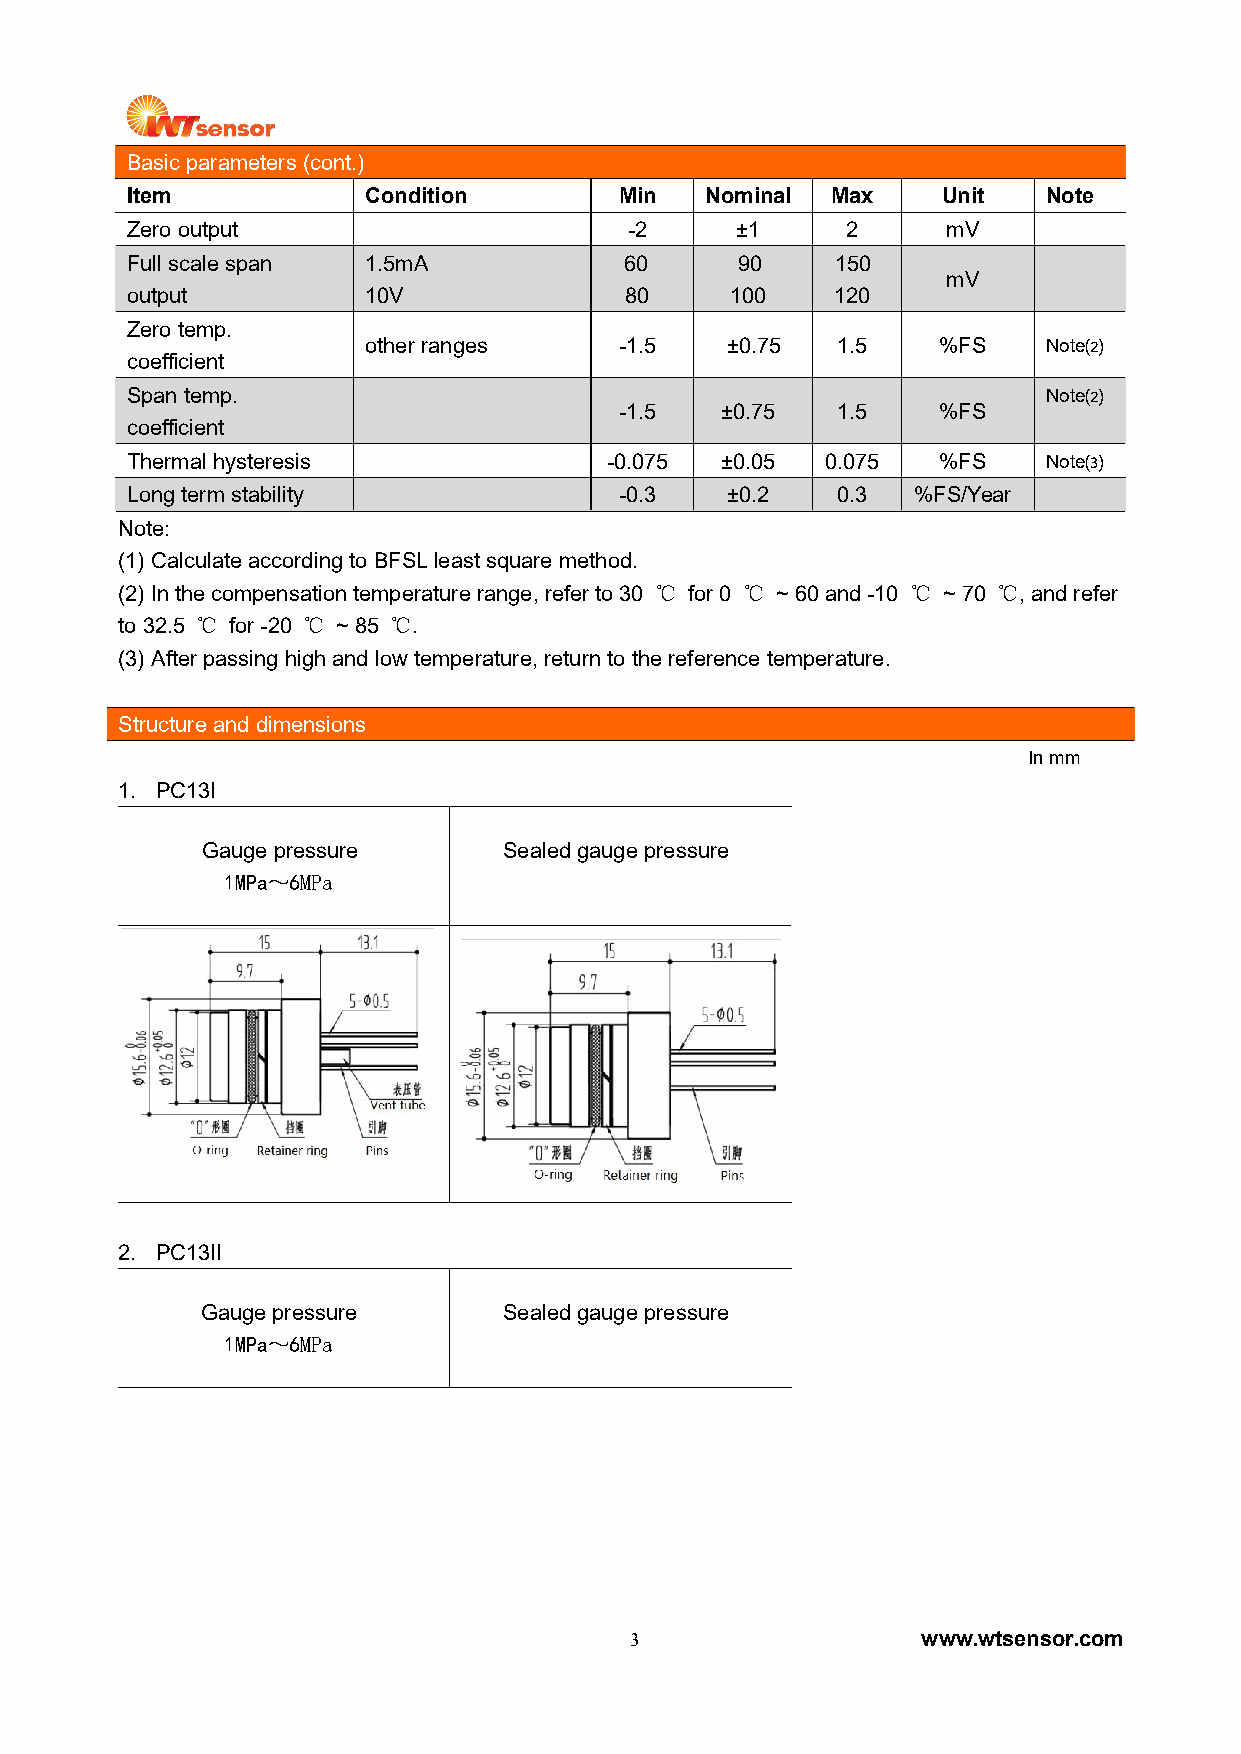
Basicparameters (cont.)
 Item            Condition        Min   Nominal Max    Unit   Note
 Zerooutput                        -2     ±1     2      mV
 Fullscale span  1.5mA            60      90    150
 mV
 output          10V              80     100    120
 Zerotemp.
 otherranges      -1.5   ±0.75  1.5    %FS    Note⑵
 coefficient
 Spantemp.                                                    Note⑵
 -1.5   ±0.75  1.5    %FS
 coefficient
 Thermalhysteresis               -0.075  ±0.05  0.075  %FS    Note⑶
 Long term stability              -0.3   ±0.2   0.3  %FS/Year
 Note:
 (1) Calculateaccording to BFSLleastsquare method.
 (2)Inthecompensationtemperaturerange,referto30 ℃ for0 ℃ ~60and-10 ℃ ~70 ℃,andrefer
 to 32.5 ℃ for-20 ℃ ~85 ℃.
 (3) Afterpassing high and low temperature, returnto the referencetemperature.
 Structure and dimensions
 Inmm
 1. PC13I
 Gaugepressure       Sealed gauge pressure
 1MPa～6MPa
 2. PC13II
 Gaugepressure       Sealed gauge pressure
 1MPa～6MPa
 3                  www.wtsensor.com